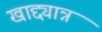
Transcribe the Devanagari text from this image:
खाद्द्यान्न